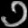
Digit: ၁